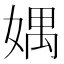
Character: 媀